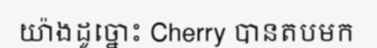
យ៉ាងដូច្នោះ Cherry បានតបមក